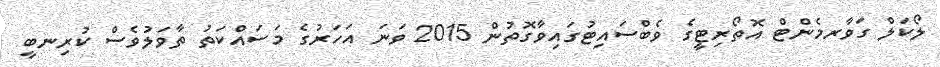
ލޯކަލް ގަވާރމެންޓް އޮތޯރިޓީގެ ވެބްސައިޓުގައިވާގޮތުން 2015 ވަނަ އަހަރުގެ މަސައްކަތު ތާވަލުވެސް ކުރިނބީ